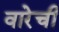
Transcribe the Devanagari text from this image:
वारेची